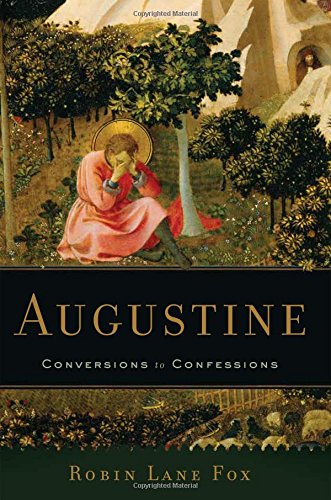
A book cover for Augustine: Conversions to Confessions; Robin Lane Fox; Politics & Social Sciences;